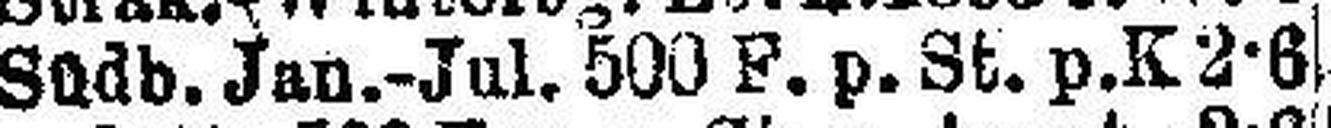
Südb. Jan.-Jul. 500 F. p. St. p. K 2-6